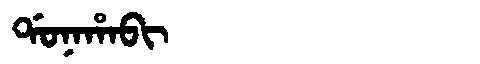
Manchu: ᡩᠣᠨᠠᡥᠠᠪᡳ
Romanization: DONAHABI